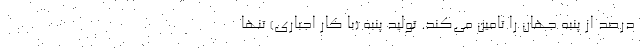
درصد از پنبه جهان را تامین می‌کند. تولید پنبه (با کار اجباری) تنها